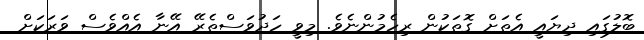
ބޮލުގައި ދިޔައީ އެތަށް ގޮތަކުން ރިހެމުންނެވެ. މިވީ ހަދުވަސްތެރޭ އޭނާ އެއްވެސް ވަރަކަށް